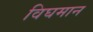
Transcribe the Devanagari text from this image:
विघमान